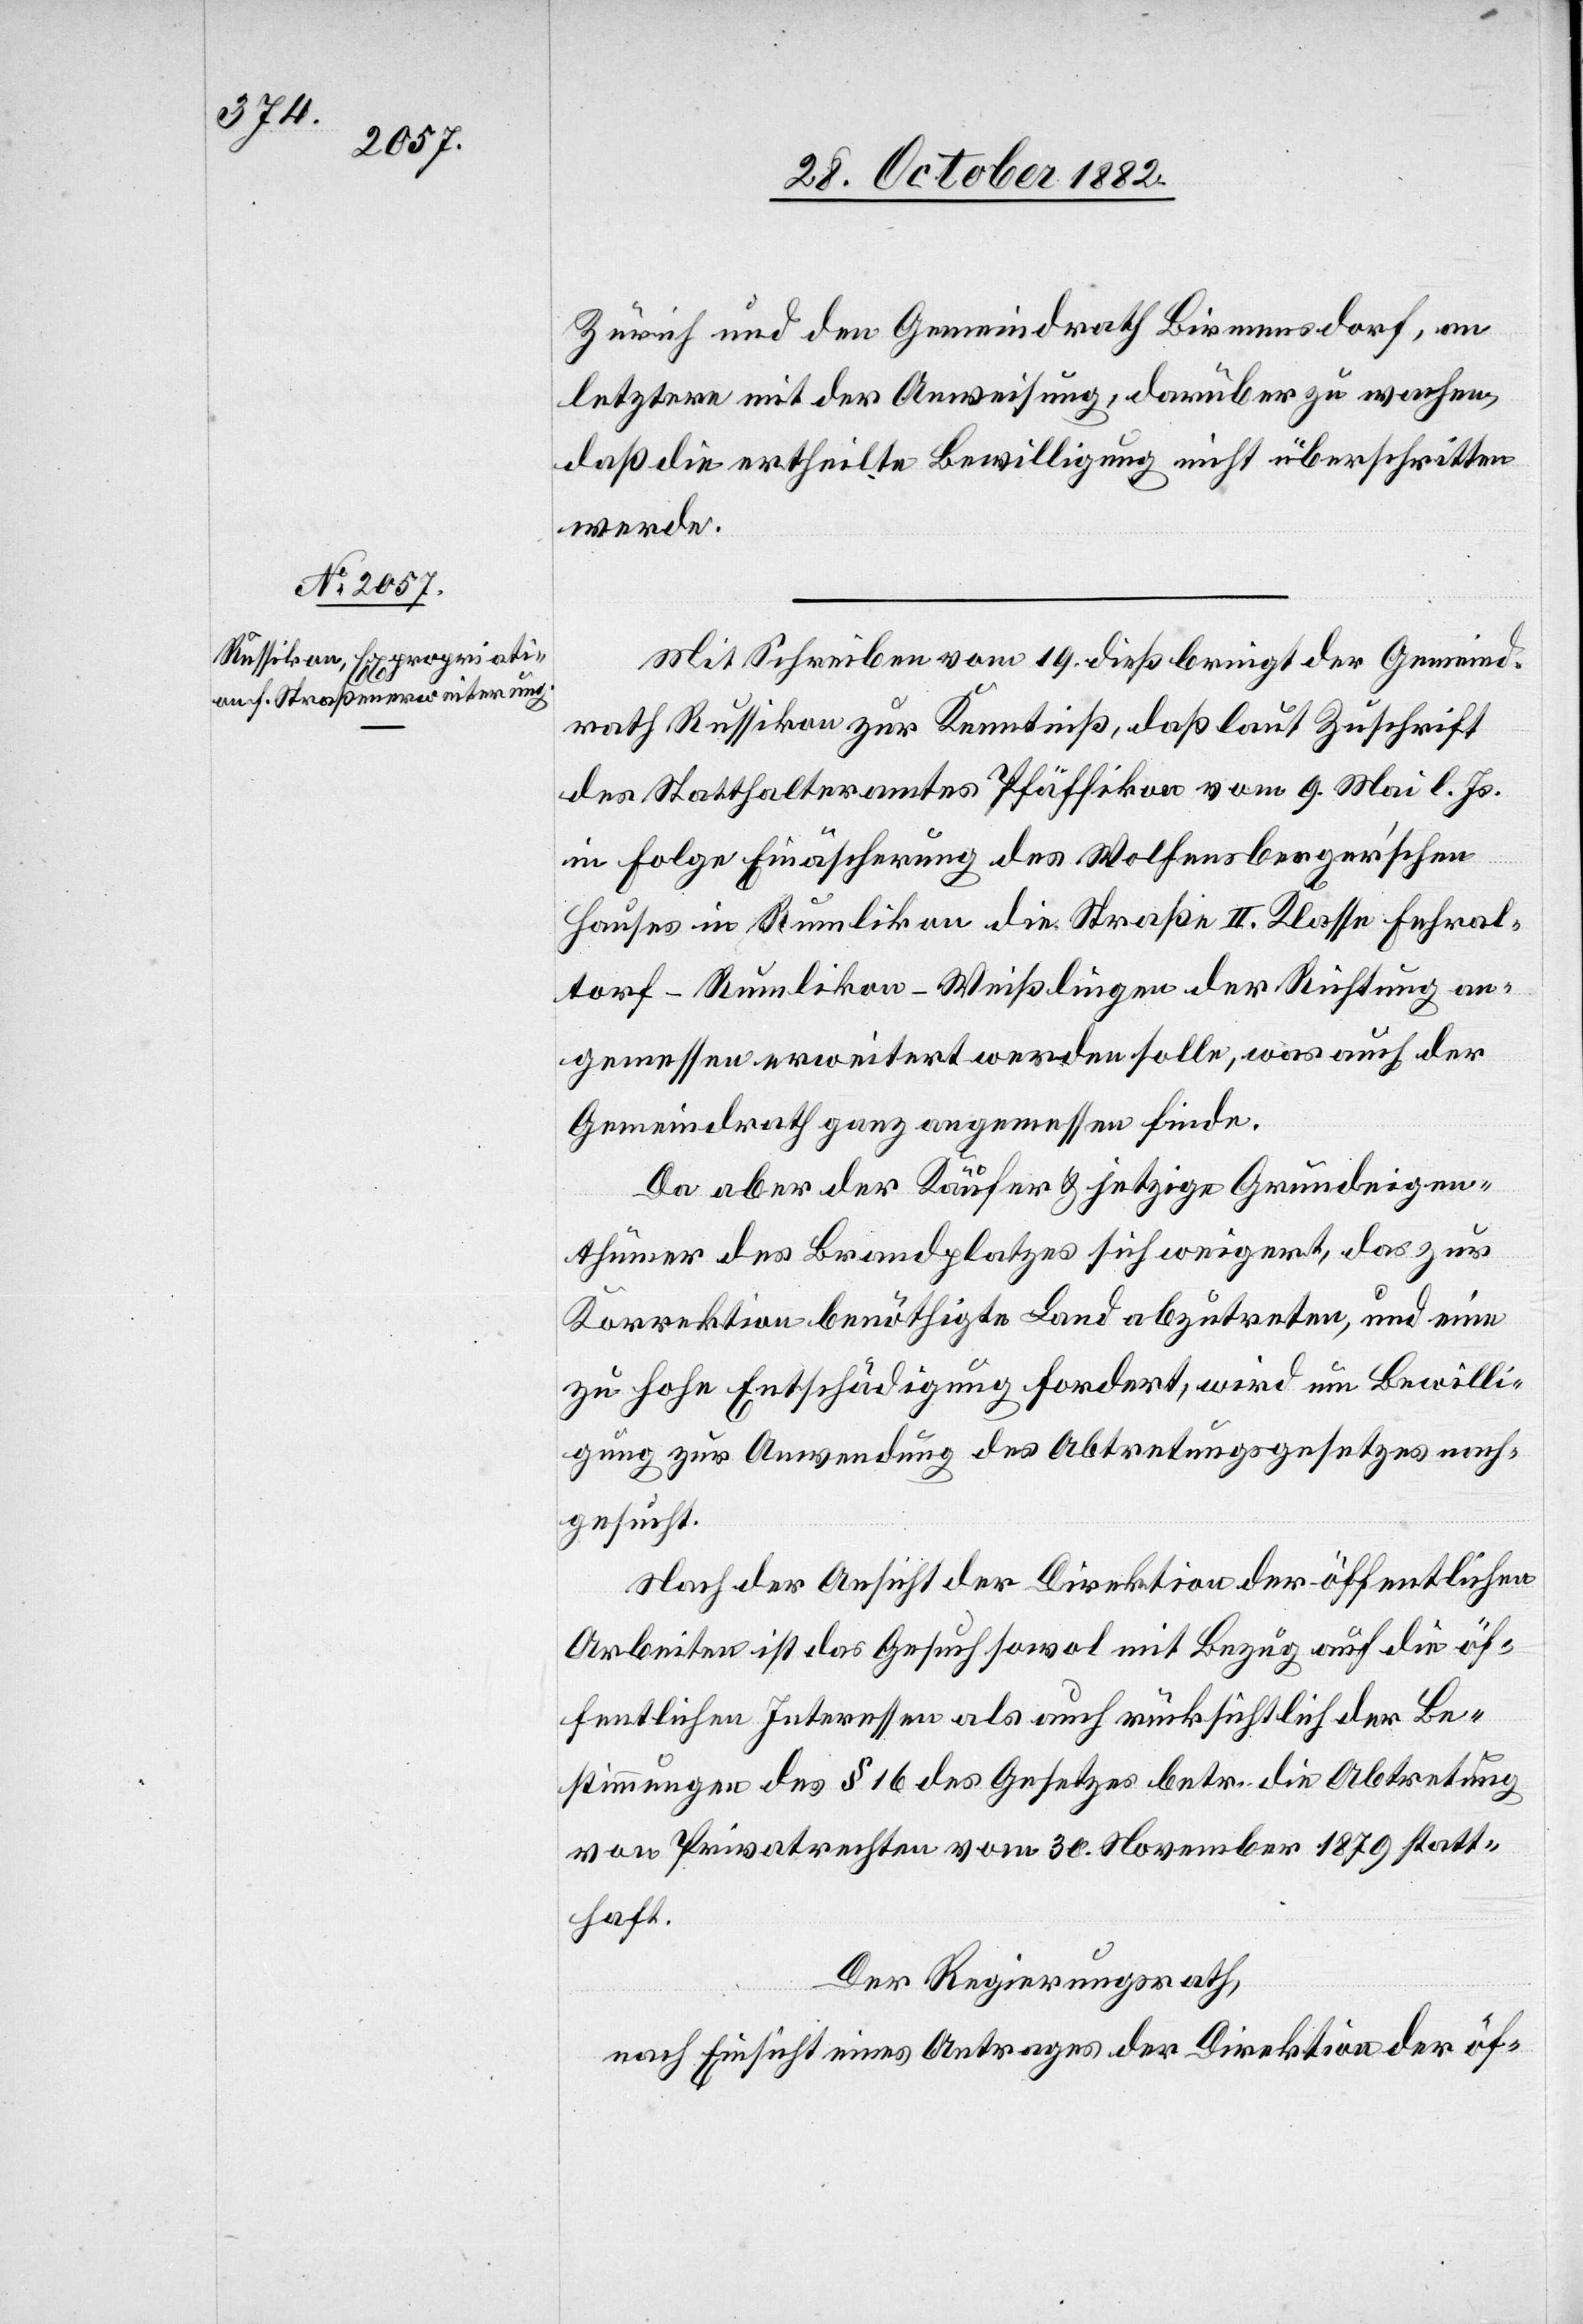
Zürich und den Gemeindrath Birmensdorf, an
letztere mit der Anweisung, darüber zu wachen,
daß die ertheilte Bewilligung nicht überschritten
werde.
Mit Schreiben vom 19. dieß bringt der Gemeind¬
rath Russikon zur Kenntniß, daß laut Zuschrift
des Statthalteramtes Pfäffikon vom 9. Mai l. Js.
in Folge Einäscherung des Wolfensberger’schen
Hauses in Rumlikon die Straße II. Klasse Fehral¬
torf–Rumlikon–Weißlingen der Richtung an¬
gemessen erweitert werden solle, was auch der
Gemeindrath ganz angemessen finde.
Da aber der Käufer & jetzige Grundeigen¬
thümer des Brandplatzes sich weigert, das zur
Korrektion benöthigte Land abzutreten, und eine
zu hohe Entschädigung fordert, wird um Bewilli¬
gung zur Anwendung des Abtretungsgesetzes nach¬
gesucht.
Nach der Ansicht der Direktion der öffentlichen
Arbeiten ist das Gesuch sowol mit Bezug auf die öf¬
fentlichen Interessen als auch rücksichtlich der Be¬
stimmungen des § 16 des Gesetzes betr. die Abtretung
von Privatrechten vom 30. November 1879 statt¬
haft.
Der Regierungsrath,
nach Einsicht eines Antrages der Direktion der öf-